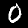
Label: 0